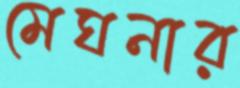
মেঘনার